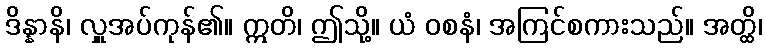
ဒိန္နာနိ၊ လှူအပ်ကုန်၏။ ဣတိ၊ ဤသို့။ ယံ ဝစနံ၊ အကြင်စကားသည်။ အတ္ထိ၊